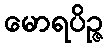
မောရပိဉ္ဇ